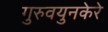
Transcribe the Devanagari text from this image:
गुरुवयुनकेरे